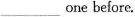
___ one before.